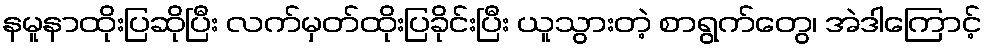
နမူနာထိုးပြဆိုပြီး လက်မှတ်ထိုးပြခိုင်းပြီး ယူသွားတဲ့ စာရွက်တွေ၊ အဲဒါကြောင့်